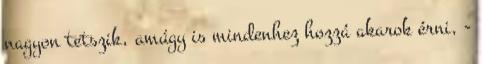
nagyon tetszik, amúgy is mindenhez hozzá akarok érni, -